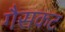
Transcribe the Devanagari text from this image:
गैसकट